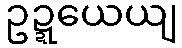
ဥဍ္ဍယေယျ